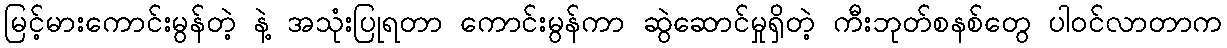
မြင့်မားကောင်းမွန်တဲ့ နဲ့ အသုံးပြုရတာ ကောင်းမွန်ကာ ဆွဲဆောင်မှုရှိတဲ့ ကီးဘုတ်စနစ်တွေ ပါဝင်လာတာက